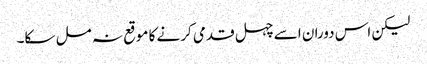
لیکن اس دوران اسے چہل قدمی کرنے کا موقع نہ مل سکا۔